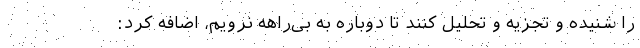
را شنیده و تجزیه و تحلیل کنند تا دوباره به بی‌راهه نرویم، اضافه کرد: